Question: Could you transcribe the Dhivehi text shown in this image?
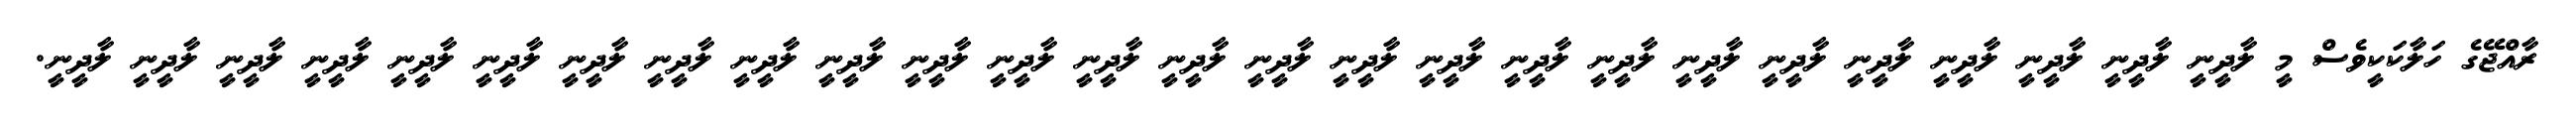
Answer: ރާއްޖޭގެ ހަލާކަކީވެސް މީ ލާދީނީ ލާދީނީ ލާދީނީ ލާދީނީ ލާދީނީ ލާދީނީ ލާދީނީ ލާދީނީ ލާދީނީ ލާދީނީ ލާދީނީ ލާދީނީ ލާދީނީ ލާދީނީ ލާދީނީ ލާދީނީ ލާދީނީ ލާދީނީ ލާދީނީ ލާދީނީ ލާދީނީ ލާދީނީ ލާދީނީ ލާދީނީ ލާދީނީ ލާދީނީ.